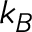
k _ { B }